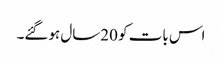
اس بات کو 20سال ہوگئے۔